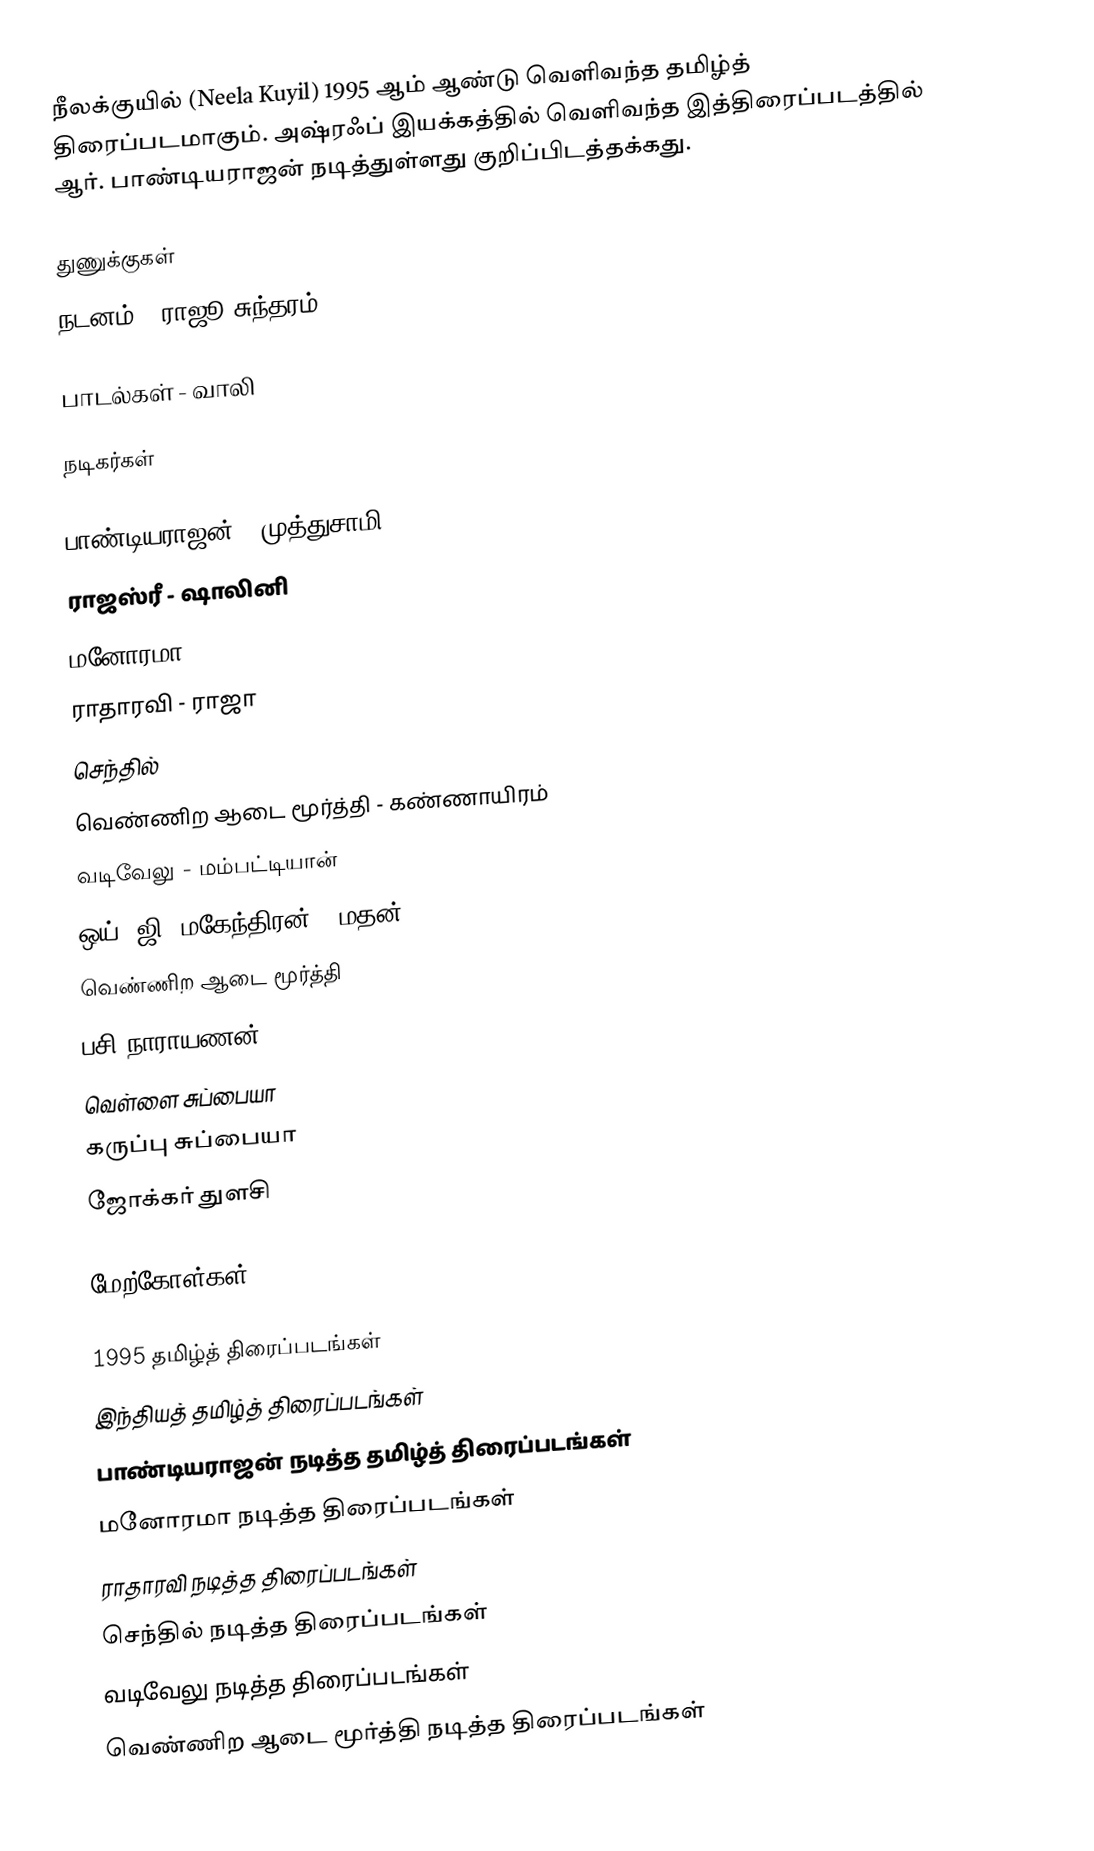
நீலக்குயில் (Neela Kuyil) 1995 ஆம் ஆண்டு வெளிவந்த தமிழ்த் திரைப்படமாகும். அஷ்ரஃப் இயக்கத்தில் வெளிவந்த இத்திரைப்படத்தில் ஆர். பாண்டியராஜன் நடித்துள்ளது குறிப்பிடத்தக்கது.

துணுக்குகள்
நடனம் - ராஜூ சுந்தரம்

பாடல்கள் - வாலி

நடிகர்கள்

பாண்டியராஜன் - முத்துசாமி
ராஜஸ்ரீ - ஷாலினி
மனோரமா
ராதாரவி - ராஜா
செந்தில்
வெண்ணிற ஆடை மூர்த்தி - கண்ணாயிரம்
வடிவேலு - மம்பட்டியான்
ஒய். ஜி. மகேந்திரன் - மதன்
வெண்ணிற ஆடை மூர்த்தி
பசி நாராயணன்
 வெள்ளை சுப்பையா
 கருப்பு சுப்பையா
ஜோக்கர் துளசி

மேற்கோள்கள்

1995 தமிழ்த் திரைப்படங்கள்
இந்தியத் தமிழ்த் திரைப்படங்கள்
பாண்டியராஜன் நடித்த தமிழ்த் திரைப்படங்கள்
மனோரமா நடித்த திரைப்படங்கள்
ராதாரவி நடித்த திரைப்படங்கள்
செந்தில் நடித்த திரைப்படங்கள்
வடிவேலு நடித்த திரைப்படங்கள்
வெண்ணிற ஆடை மூர்த்தி நடித்த திரைப்படங்கள்